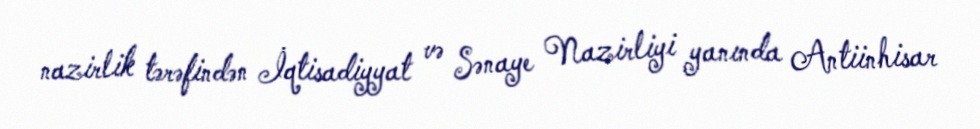
nazirlik tərəfindən İqtisadiyyat və Sənaye Nazirliyi yanında Antiinhisar